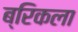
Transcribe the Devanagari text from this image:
ब्रिकला